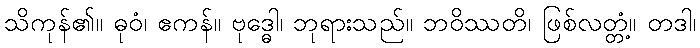
သိကုန်၏။ ဓုဝံ၊ ဧကန်။ ဗုဒ္ဓေါ၊ ဘုရားသည်။ ဘဝိဿတိ၊ ဖြစ်လတ္တံ့။ တဒါ၊